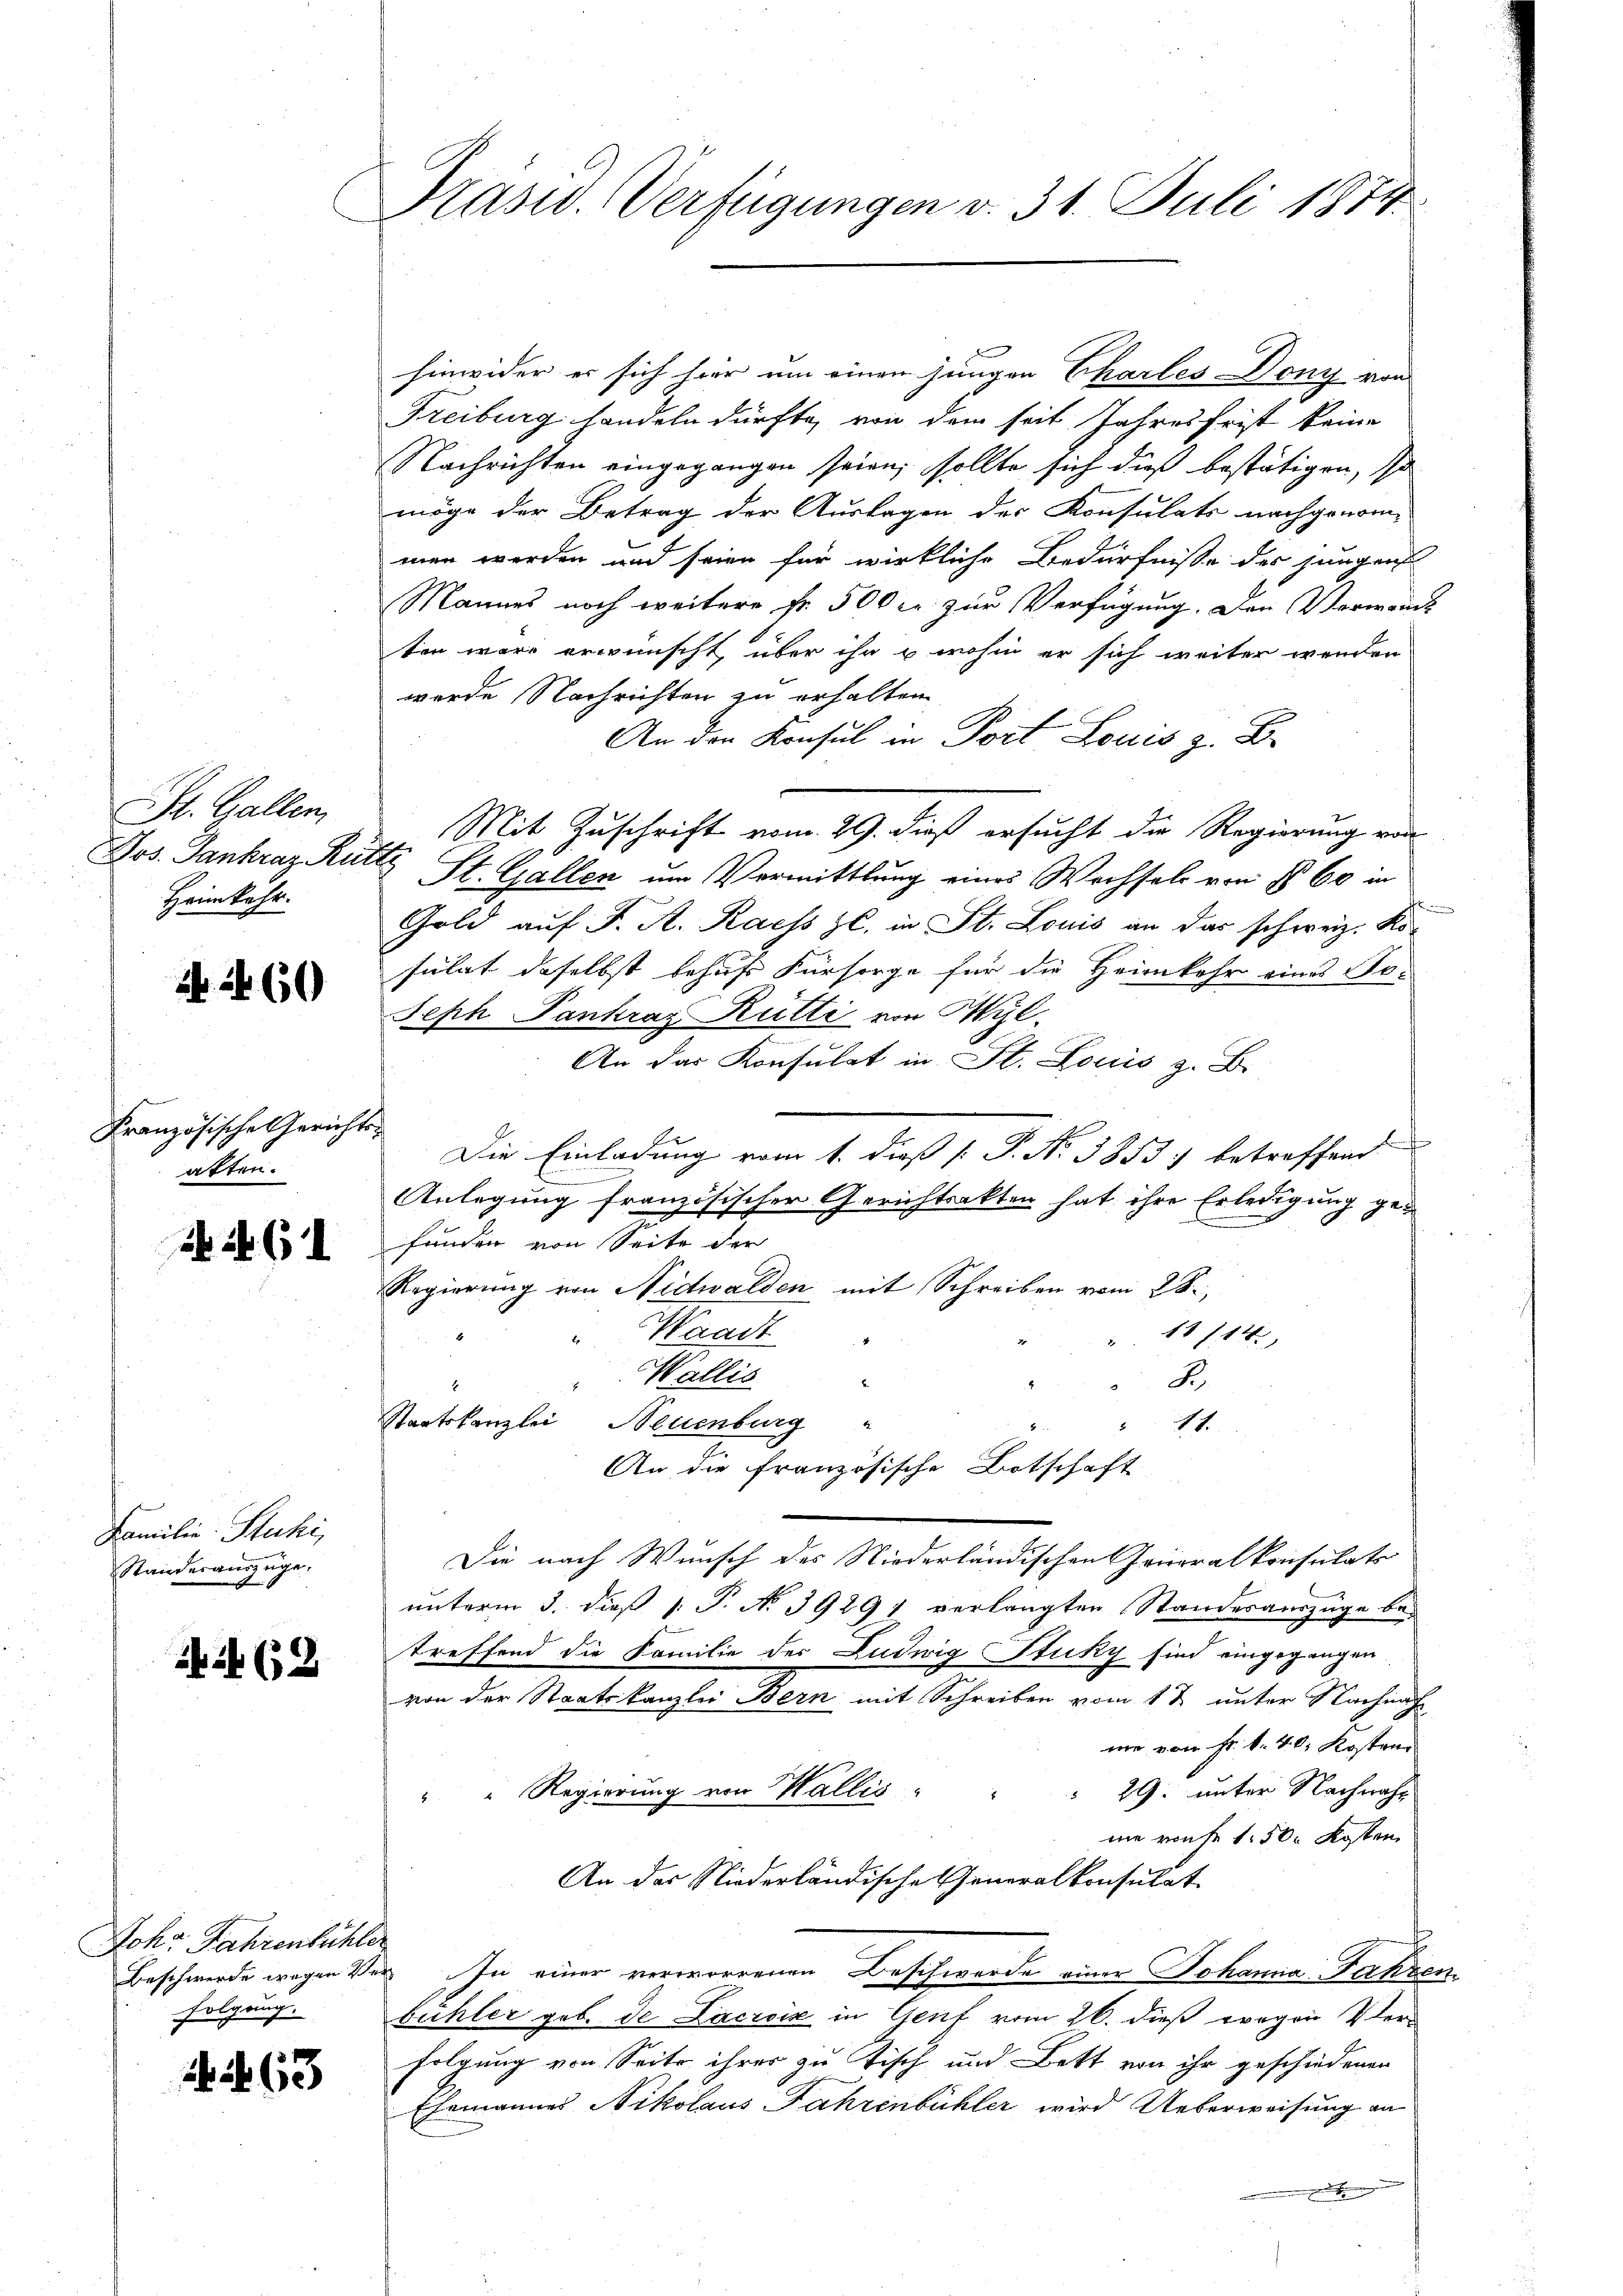
St. Gallen
Jos. Dankraz Rie
Heimkehr.

2. 2650

Französische Gericht
aften.

b 24 (1

Familie Stucki,
Standesauszüge,

414 (12

Johr Jahrenbühler
folgung.

37
2660

Präsid. Verfügungen v. 31. Juli 1874.

hinwider es sich hier um einen jungen Charles-Dony von
Freiburg handeln dürfte, von dem seit Jahresfrist keine
Nachrichten eingegangen seien, sollte sich dieß bestätigen, so
möge der Betrag der Auslagen der Konsulats nachgenom-
men werden und seien für wirkliche Bedürfnisse des jungen
Mannes noch weitere Fr. 500 Fr. zur Verfügung. Den Verwan
ten wäre erwünscht, über ihr wohin er sich weiter werden
werde Nachrichten zu erhalten.
An den Konsul in Port Louis z. B.
t
St. Gallen um Vermittlung eines Wechsels von § 60 in
Gold auf J. A. Raess z. in St. Louis an das schweiz. Kosulat daselbst behufs Fürsorge für die Heimkehr eines Jo¬
Seph Pankraz Kutti von Wyl
An das Konsulat in St. Louis z. B.
Die Einladung vom 1. dieß [ P. Nr. 3853 betreffend
Anlegung französischer Gerichtsakten hat ihre Erledigung gefunden von Seite der
Regierung von Nidwalden mit Schreiben vom 28.
18/14.
" Waadt
Wallis
B
Staatskanzlei Neuenburg
11.
An die französische Botschaft
Die nach Wunsch des Niederländischen Generalkonsulats
unterm 3. dieß P. No. 39297 verlangten Standesauszüge bei
treffend die Familie der Ludwig Stuky sind eingegangen
von der Staatskanzlei Bern mit Schreiben vom 1 t unter Nachnach
me von Fr. 1. 40. Kostend
29. unter Nachnah¬
" Regierung von Wallis
me rauhe 150. Kosten
An das Niederländische Generalkonsulat
Beschwerde wegen Ver. In einer verworrenen Beschwerde einer Johanna Fahr
bühler geb. de Lacroix in Genf vom 26. dieß wegen Verfolgung von Seite ihrer zu Tisch und Bett von ihr geschiedenen
Ehemannes Nikolaus Fahrenbühler wird Ueberweisung an

Mit Zuschrift vom 29. dieß ersucht die Regierung von